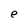
Character: e